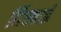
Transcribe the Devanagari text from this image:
र्दिखाई